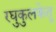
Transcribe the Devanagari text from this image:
रघुकुलकेतू